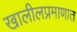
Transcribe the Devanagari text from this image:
खालीलप्रमाणात